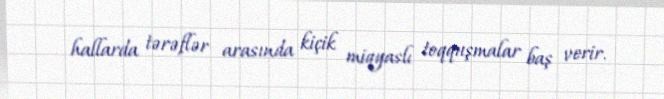
hallarda tərəflər arasında kiçik miqyaslı toqquşmalar baş verir.